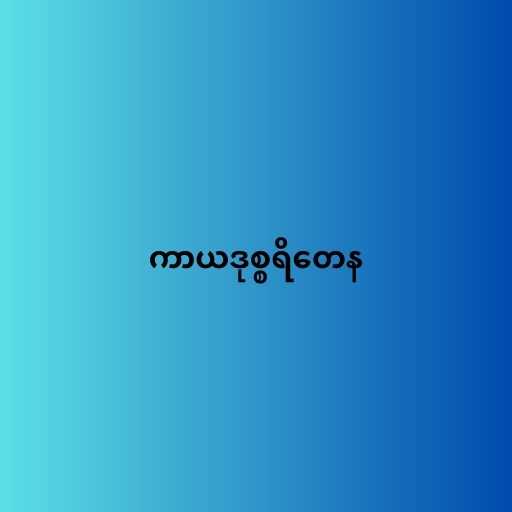
ကာယဒုစ္စရိတေန